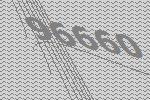
96660